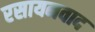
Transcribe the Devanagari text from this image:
रसायनवाद